Regulations for the medical services of the Army of India
Year: 1930
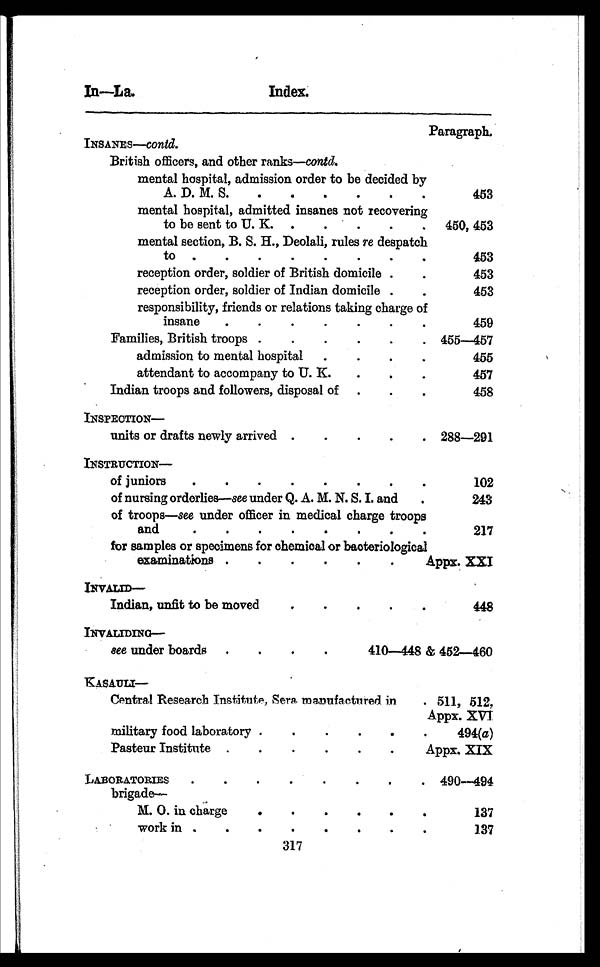
In—La.
Index.
Paragraph.
INSANES—contd.
British officers, and other ranks— contd.
mental hospital, admission order to be decided by
A . D . M . S . . .
453
mental hospital, admitted insanes not recovering
to be sent to U. K. . .
450, 453
mental section, B. S. H., Deolali, rules re despatch
to
.
.
.
453
reception order, soldier of British domicile . . .
453
reception order, soldier of Indian domicile . .
453
responsibility, friends or relations taking charge of
insane . . .
459
Families, British troops . . . 455—457
admission to mental hospital . . .
455
attendant to accompany to U. K. . . .
4 5 7
Indian troops and followers, disposal of. . .
4 5 8
INSPECTION—
units or drafts newly arrived . . . 288—291
INSTRUCTION—
of juniors . . .
102
of nursing orderlies—see under Q. A. M. N. S. I. and . . .
243
of troops—see under officer in medical charge troops
and . . .
217
for samples or specimens for chemical or bacteriological
examinations . . .
Appx. XXI
INVALID
—
Indian, unfit to be moved . . .
448
INVALIDING
—
see under boards . . .
410—448 & 452—460
kASAULI—
Central Research Institute, Sera, manufactured in . . . 511, 512,
Appx. XVI
military food laboratory . . .
494(a)
Pasteur Institute . . .
Appx. XIX
LABORATORIES . . . 490—494
brigade—
M. O. in charge . . .
137
work in . . .
137
317